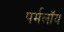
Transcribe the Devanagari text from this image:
पर्मलॉय